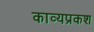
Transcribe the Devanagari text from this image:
काव्यप्रकश